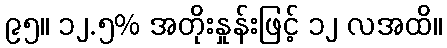
၉၅။ ၁၂.၅% အတိုးနှုန်းဖြင့် ၁၂ လအထိ။